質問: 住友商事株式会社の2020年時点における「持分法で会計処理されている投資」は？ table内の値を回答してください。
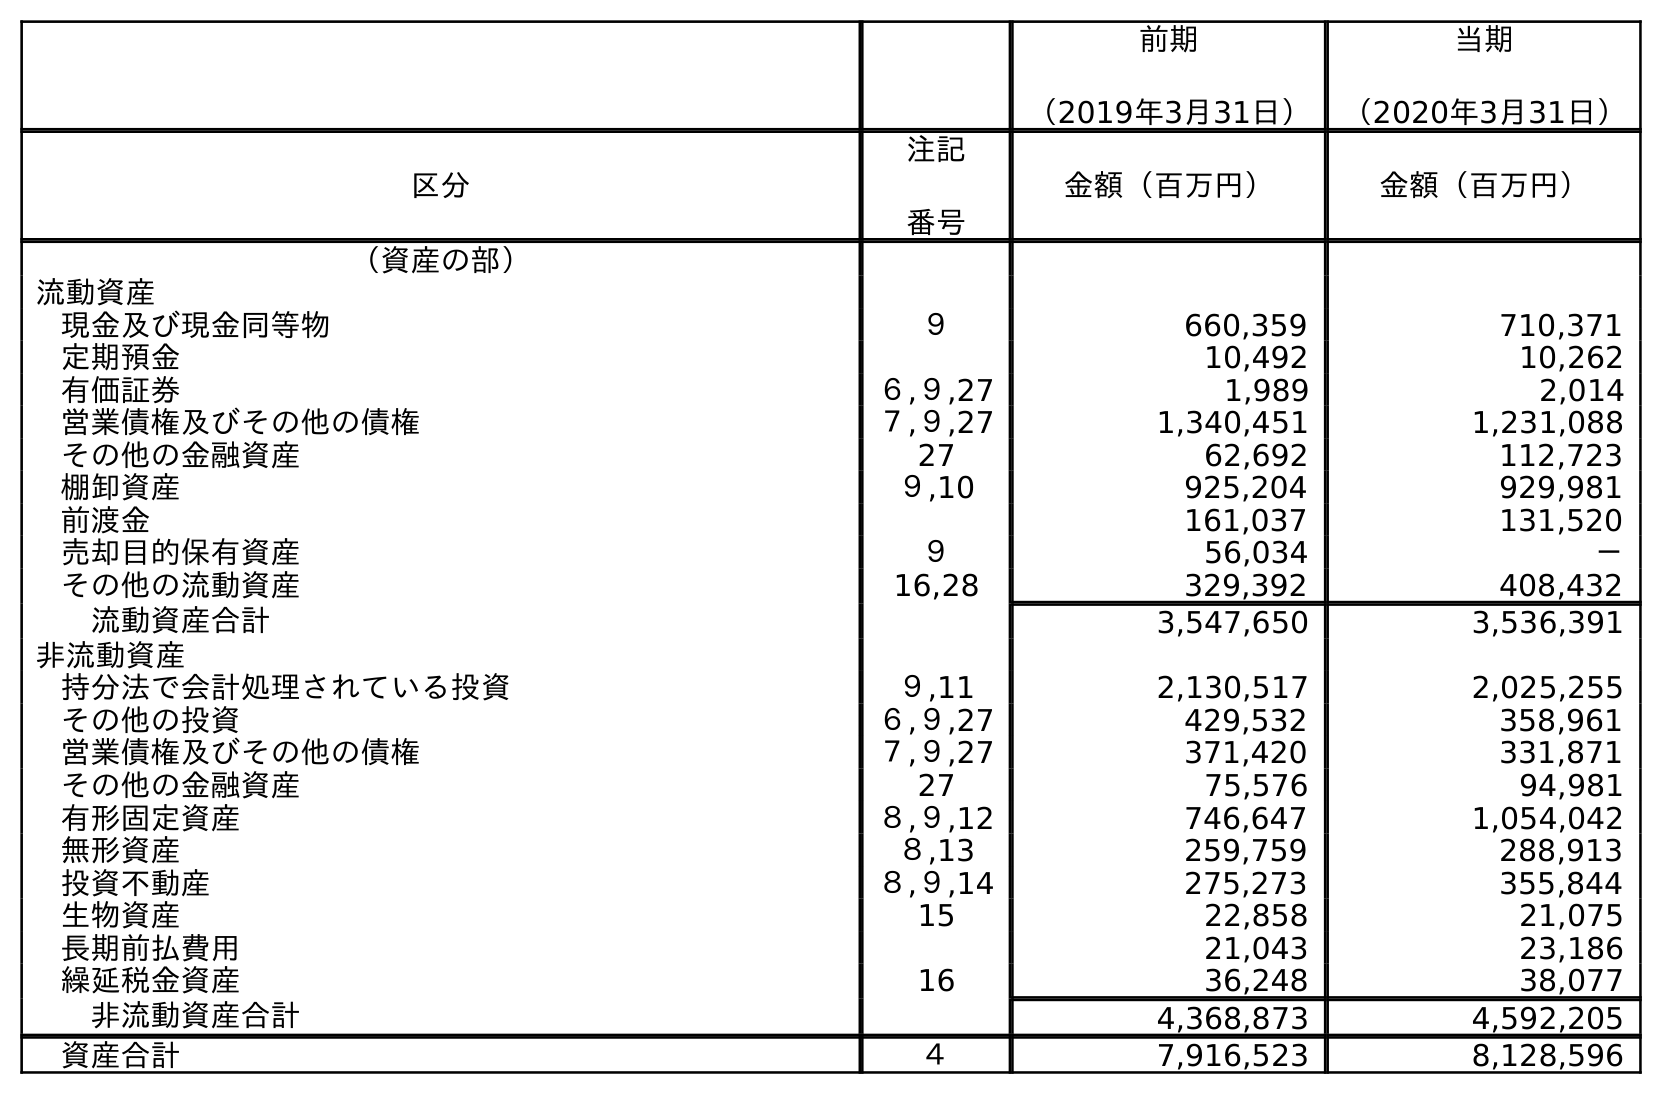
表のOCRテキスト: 前期 （2019年3月31日） 当期 （2020年3月31日） 区分 注記 番号 金額（百万円） 金額（百万円） （資産の部） 流動資産 現金及び現金同等物 ９ 660,359 710,371 定期預金 10,492 10,262 有価証券 ６,９,27 1,989 2,014 営業債権及びその他の債権 ７,９,27 1,340,451 1,231,088 その他の金融資産 27 62,692 112,723 棚卸資産 ９,10 925,204 929,981 前渡金 161,037 131,520 売却目的保有資産 ９ 56,034 － その他の流動資産 16,28 329,392 408,432 流動資産合計 3,547,650 3,536,391 非流動資産 持分法で会計処理されている投資 ９,11 2,130,517 2,025,255 その他の投資 ６,９,27 429,532 358,961 営業債権及びその他の債権 ７,９,27 371,420 331,871 その他の金融資産 27 75,576 94,981 有形固定資産 ８,９,12 746,647 1,054,042 無形資産 ８,13 259,759 288,913 投資不動産 ８,９,14 275,273 355,844 生物資産 15 22,858 21,075 長期前払費用 21,043 23,186 繰延税金資産 16 36,248 38,077 非流動資産合計 4,368,873 4,592,205 資産合計 ４ 7,916,523 8,128,596
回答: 2,025,255